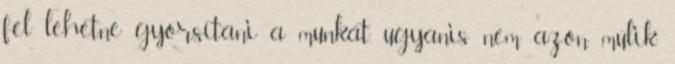
fel lehetne gyorsítani a munkát, ugyanis nem azon múlik